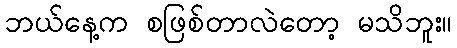
ဘယ်နေ့က စဖြစ်တာလဲတော့ မသိဘူး။